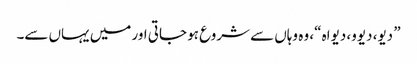
” دیو، دیوو، دیواہ “، وہ وہاں سے شروع ہو جاتی اور میں یہاں سے۔